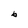
Character: b